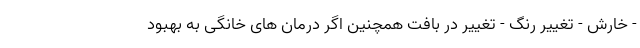
- خارش - تغییر رنگ - تغییر در بافت همچنین اگر درمان های خانگی به بهبود